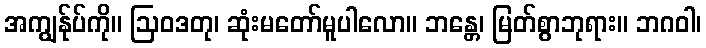
အကျွန်ုပ်ကို။ ဩဝဒတု၊ ဆုံးမတော်မူပါလော။ ဘန္တေ၊ မြတ်စွာဘုရား။ ဘဂဝါ၊